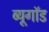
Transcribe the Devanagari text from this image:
ब्यूगॉड